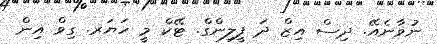
ނުވާނެއޭ. ދިސް އިޒް ދަ ފީލިންގް. ޓޭކް މީ ހަޔަރ. ގިވް އިން